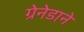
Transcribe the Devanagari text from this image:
ग्रेनेडाने